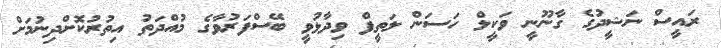
ރައީސް ނަޝީދުގެ ގާނޫނީ ވަކީލް ހަސަން ލަތީފް ވިދާޅުވީ ބޭސްފަރުވާގެ މުއްދަތު އިތުރުކޮށްދިނުމަށް